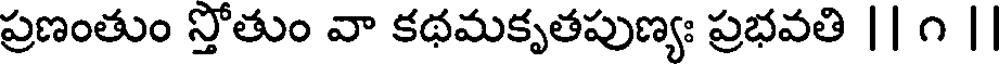
ప్రణంతుం స్తోతుం వా కథమకృతపుణ్యః ప్రభవతి || ౧ |